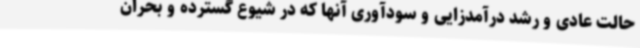
حالت عادی و رشد درآمدزایی و سودآوری آنها که در شیوع گسترده و بحران